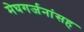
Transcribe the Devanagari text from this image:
मेघगर्जनांसह